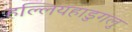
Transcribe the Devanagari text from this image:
हल्लियहाडुगलु